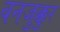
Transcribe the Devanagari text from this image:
वनजुक्कुर